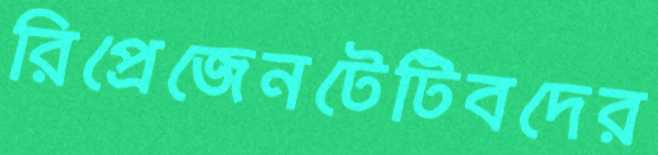
রিপ্রেজেনটেটিবদের